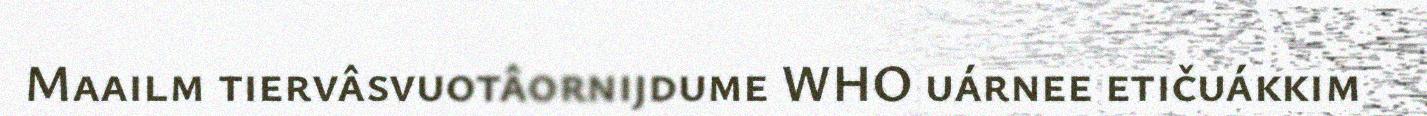
Maailm tiervâsvuotâornijdume WHO uárnee etičuákkim